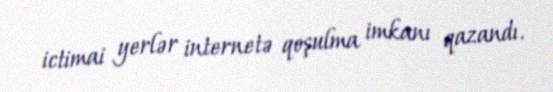
ictimai yerlər internetə qoşulma imkanı qazandı.